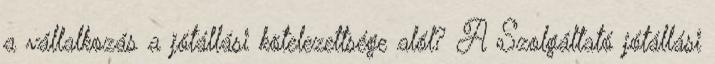
a vállalkozás a jótállási kötelezettsége alól? A Szolgáltató jótállási